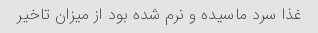
غذا سرد ماسیده و نرم شده بود از میزان تاخیر